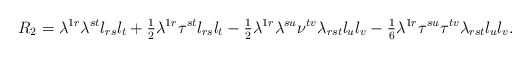
\begin{align*}R_2=\lambda^{1r}\lambda^{st}l_{rs}l_t+{\textstyle{1\over2}}\lambda^{1r}\tau^{st}l_{rs}l_t -{\textstyle{1\over2}}\lambda^{1r}\lambda^{su}\nu^{tv}\lambda_{rst}l_ul_v-{\textstyle{1\over 6}}\lambda^{1r}\tau^{su}\tau^{tv}\lambda_{rst}l_ul_v.\end{align*}